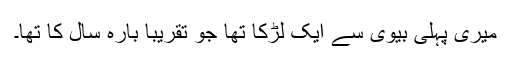
میری پہلی بیوی سے ایک لڑکا تھا جو تقریباً بارہ سال کا تھا۔